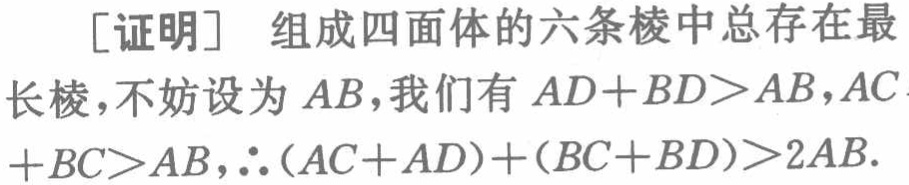
[证明] 组成四面体的六条棱中总存在最长棱，不妨设为 \(AB\)，我们有 \(AD + BD>AB\)，\(AC + BC>AB\)，\(\therefore(AC + AD)+(BC + BD)>2AB\).